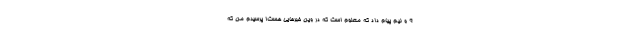
9 و نیم پیام داد که معلوم است که در وین خبرهایی هست! پرسیدم من که